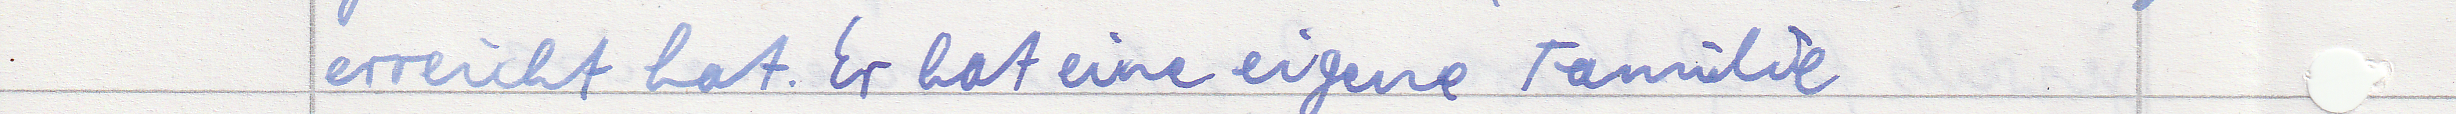
erreicht hat. Er hat eine eigene Familie